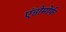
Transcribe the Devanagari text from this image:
एंडोमोर्फ